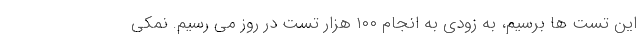
این تست ها برسیم، به زودی به انجام ۱۰۰ هزار تست در روز می رسیم. نمکی